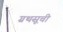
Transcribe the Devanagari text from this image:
ग्रथसूची